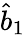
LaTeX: \hat{b}_{1}